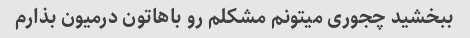
ببخشید چجوری میتونم مشکلم رو باهاتون درمیون بذارم